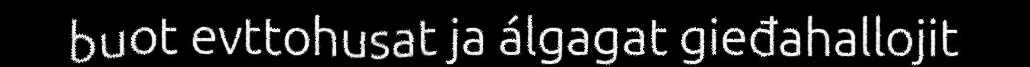
buot evttohusat ja álgagat gieđahallojit